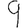
Digit: 9